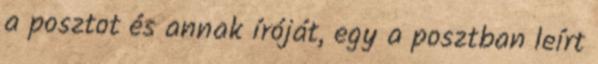
a posztot és annak íróját, egy a posztban leírt